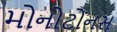
મોનોટોનસ